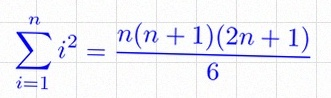
\sum_{i=1}^{n}i^2=\frac{n(n+1)(2n+1)}6